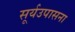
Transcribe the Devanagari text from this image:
सूर्यउपासना